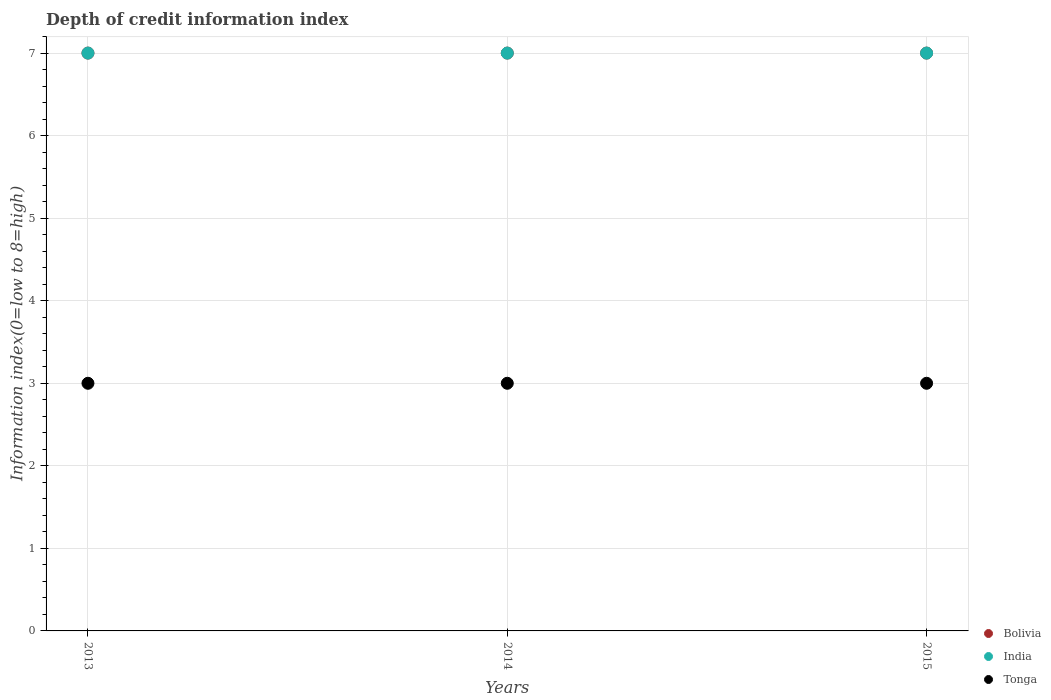
| Years | Bolivia | India | Tonga |
 | --- | --- | --- | --- |
 | 2013 | 7 | 7 | 3 |
 | 2014 | 7 | 7 | 3 |
 | 2015 | 7 | 7 | 3 |